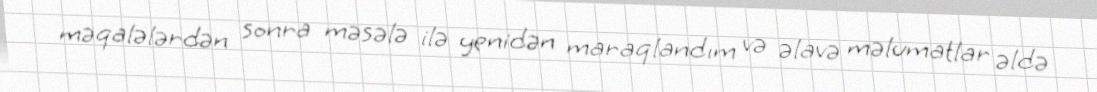
məqalələrdən sonra məsələ ilə yenidən maraqlandım və əlavə məlumatlar əldə